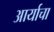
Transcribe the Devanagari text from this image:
आर्याचा